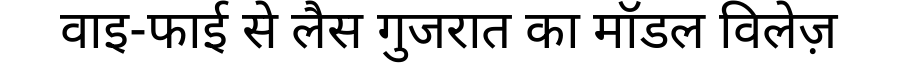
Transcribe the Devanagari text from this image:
वाइ-फाई से लैस गुजरात का मॉडल विलेज़